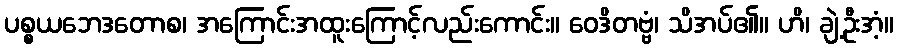
ပစ္စယဘေဒတောစ၊ အကြောင်းအထူးကြောင့်လည်းကောင်း။ ဝေဒိတဗ္ဗံ၊ သိအပ်၏။ ဟိ၊ ချဲ့ဦးအံ့။